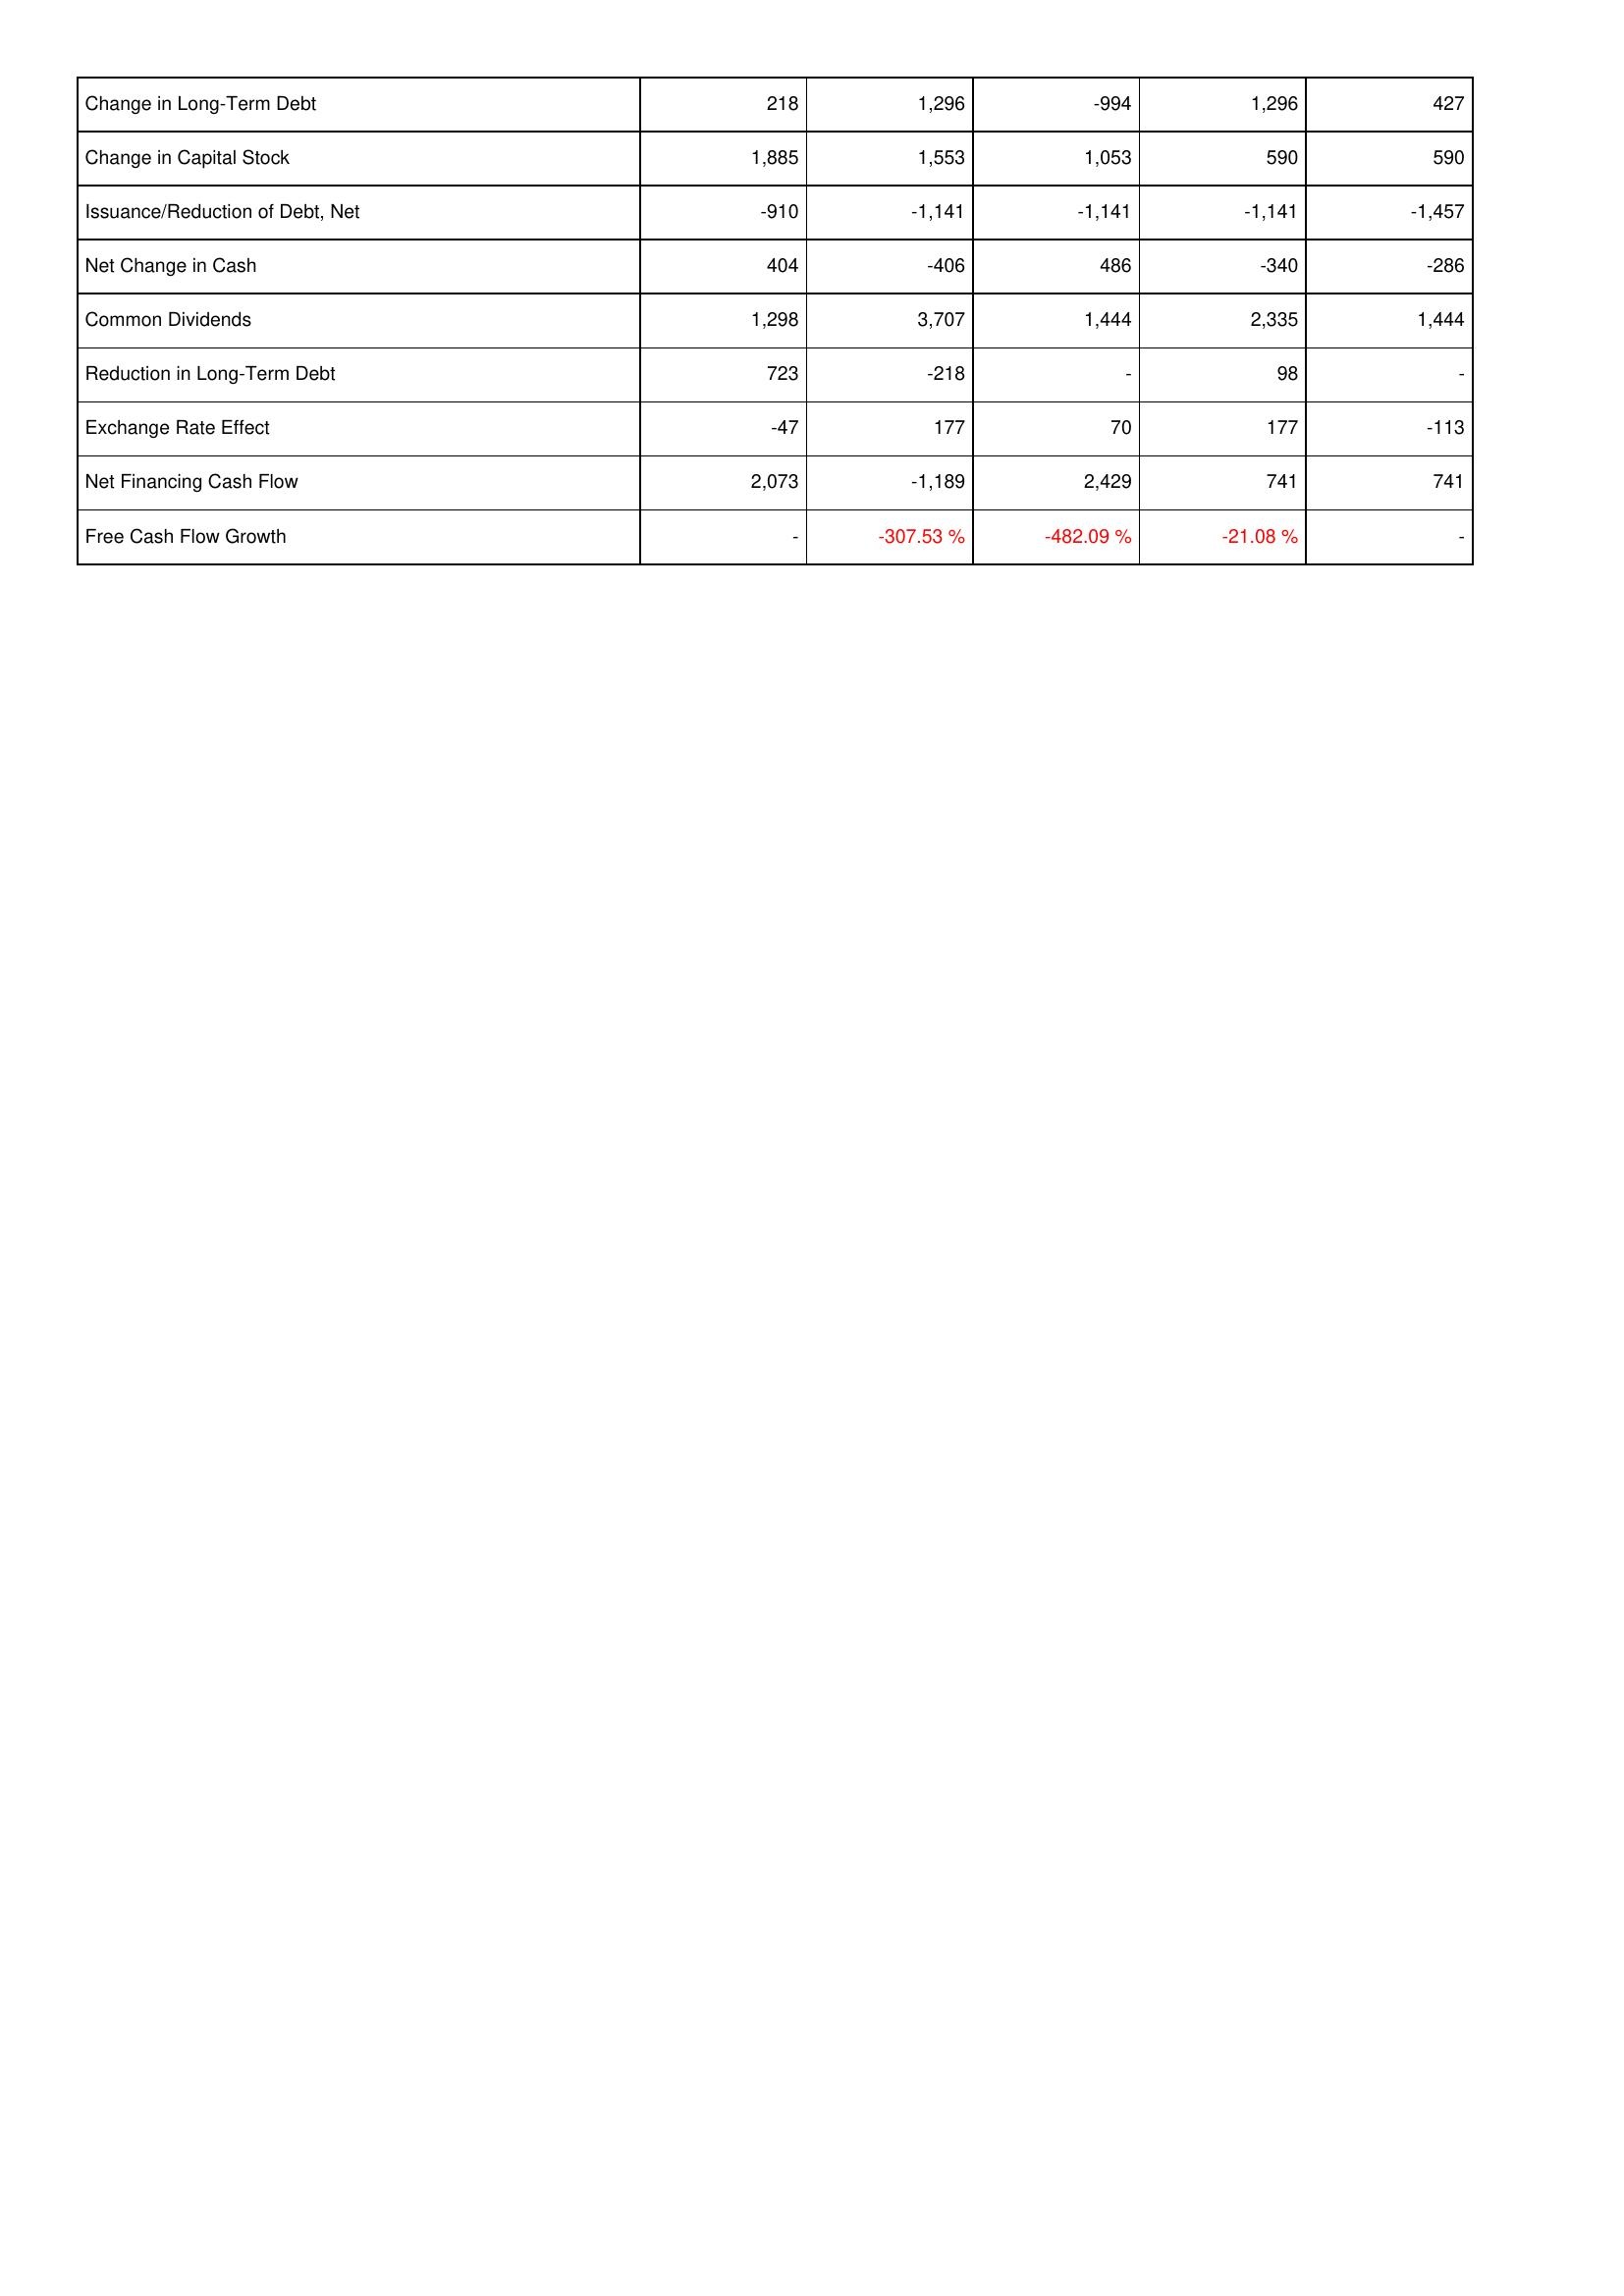
2025: Financing Activities: Change in Long-Term Debt: 218
Change in Capital Stock: 1,885
Issuance/Reduction of Debt, Net: -910
Net Change in Cash: 404
Common Dividends: 1,298
Reduction in Long-Term Debt: 723
Exchange Rate Effect: -47
Net Financing Cash Flow: 2,073
Free Cash Flow Growth: -
2024: Financing Activities: Change in Long-Term Debt: 1,296
Change in Capital Stock: 1,553
Issuance/Reduction of Debt, Net: -1,141
Net Change in Cash: -406
Common Dividends: 3,707
Reduction in Long-Term Debt: -218
Exchange Rate Effect: 177
Net Financing Cash Flow: -1,189
Free Cash Flow Growth: -307.53 %
2023: Financing Activities: Change in Long-Term Debt: -994
Change in Capital Stock: 1,053
Issuance/Reduction of Debt, Net: -1,141
Net Change in Cash: 486
Common Dividends: 1,444
Reduction in Long-Term Debt: -
Exchange Rate Effect: 70
Net Financing Cash Flow: 2,429
Free Cash Flow Growth: -482.09 %
2022: Financing Activities: Change in Long-Term Debt: 1,296
Change in Capital Stock: 590
Issuance/Reduction of Debt, Net: -1,141
Net Change in Cash: -340
Common Dividends: 2,335
Reduction in Long-Term Debt: 98
Exchange Rate Effect: 177
Net Financing Cash Flow: 741
Free Cash Flow Growth: -21.08 %
2021: Financing Activities: Change in Long-Term Debt: 427
Change in Capital Stock: 590
Issuance/Reduction of Debt, Net: -1,457
Net Change in Cash: -286
Common Dividends: 1,444
Reduction in Long-Term Debt: -
Exchange Rate Effect: -113
Net Financing Cash Flow: 741
Free Cash Flow Growth: -